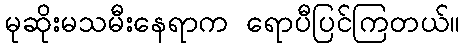
မုဆိုးမသမီးနေရာက ရောပီပြင်ကြတယ်။